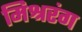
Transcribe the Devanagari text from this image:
मिश्ररंग